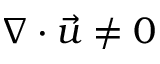
\nabla \cdot \vec { u } \ne 0